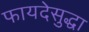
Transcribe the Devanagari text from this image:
फायदेसुद्धा